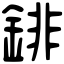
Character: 䤵